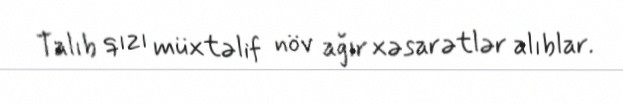
Talıb qızı müxtəlif növ ağır xəsarətlər alıblar.